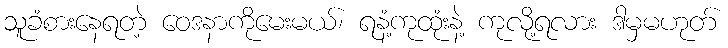
သူခံစားနေရတဲ့ ဝေဒနာကိုမေးမယ်၊ ရနံ့ကုထုံးနဲ့ ကုလို့ရလား ဒါမှမဟုတ်